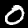
Digit: 0